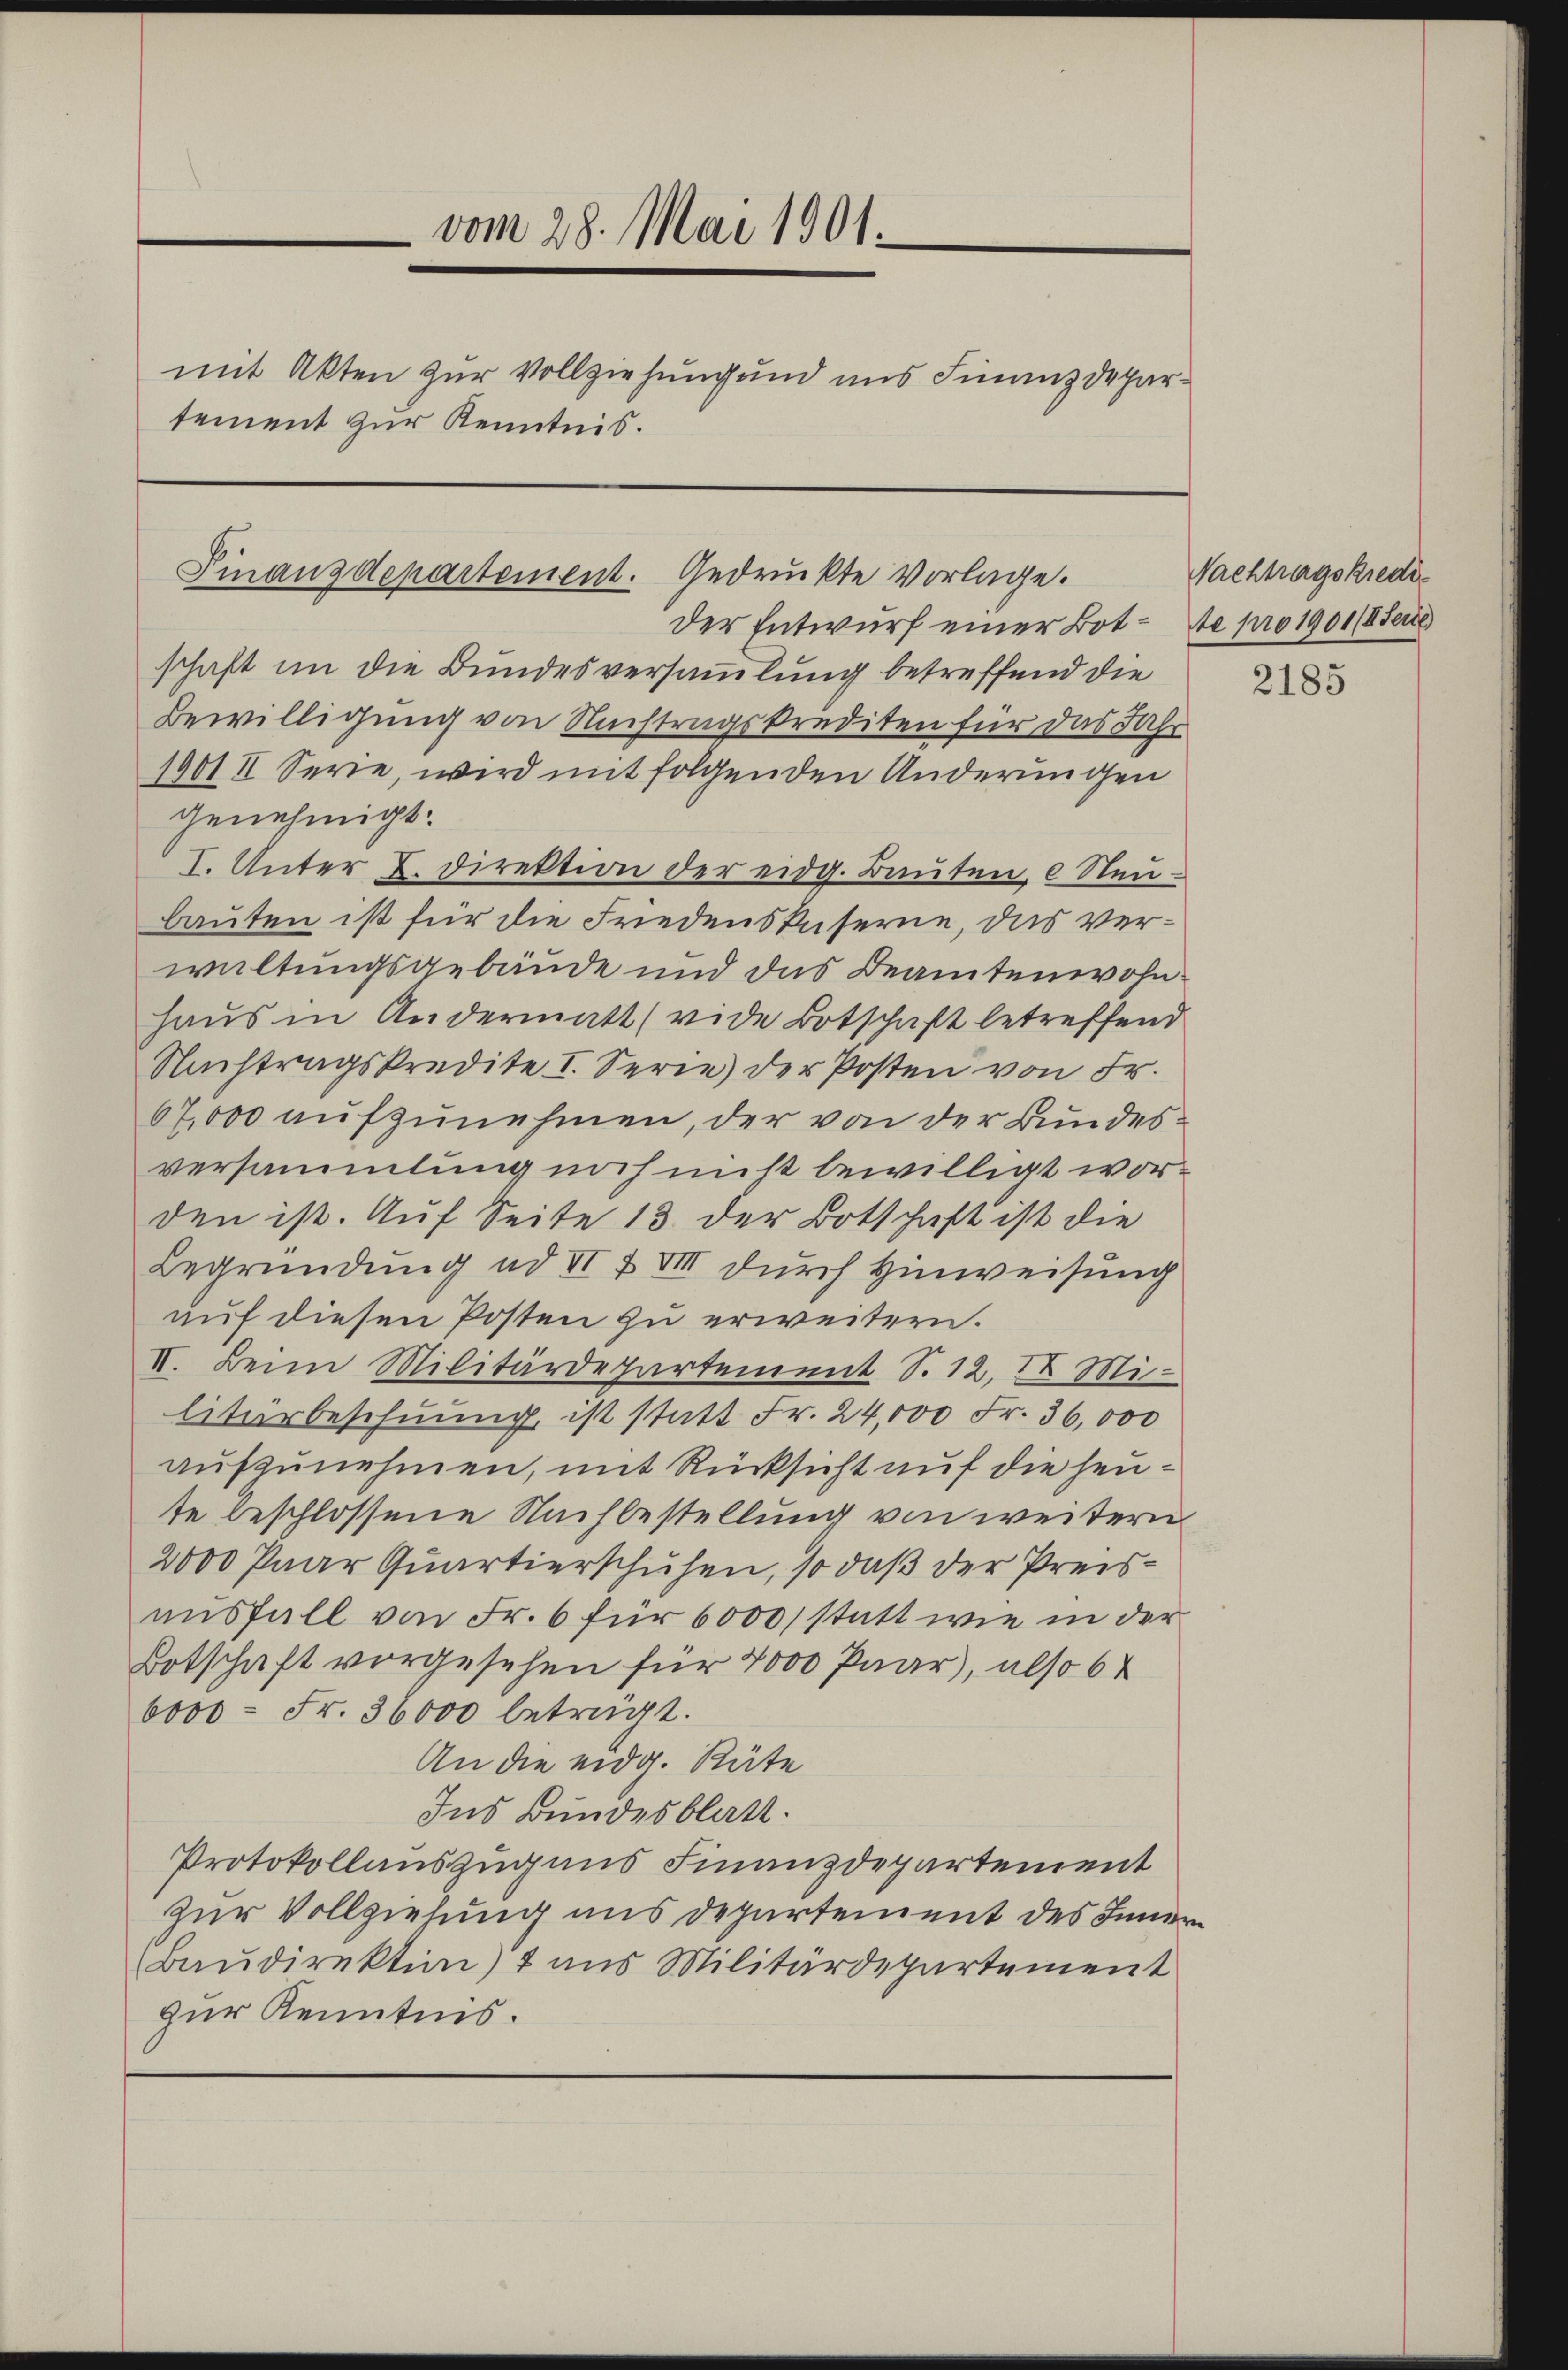
vom 28. Mai 1901.
mit Akten zur Vollziehung und uns Finanzdepartement zur Kenntnis.

der Entwurf einer Bot - de pro 1901/Seite
schaft in die Bundesversammlung betreffend die
Bewilligung von Nachtragskrediten für das Jahr
1901 II Sere, wird mit folgenden Anderungen
genehmigt.
I. Unter L. Direktion der eidg. Bauten, e Neu-
bauten ist für die Friedenskaserne, das verwaltungsgebäude und das Beamtenwohn¬
Haus in Andermatt (vide Botschaft betreffend
Nachtragskredite I. Serie) der Posten von Fr.
67,000 aufzunehmen, der von der Bundesversammlung noch nicht bewilligt worden ist. Auf Seite 13 der Botschaft ist die
Begründung ad II t VIII durch Hinweisung
auf diesen Posten zu erweitern.
II. Beim Militärdepartement S. 12. Militerbeschnung ist statt Fr. 24,000 Fr. 36,000
aufzunehmen, mit Rücksicht auf die heute beschlossene Nachbestellung von weitern
2000 Paar Quartierschuhen, so daß der Preisausfall von Fr. 6 für 6000 statt wie in der
Botschaft vorgesehen für 4000 Paar), also 64
6000 = Fr. 36000 beträgt.
An die eidg. Räte
Ins Bundesblatt.
Protokollauszug aus Finanzdepartement
zur Vollzielung uns Departement des Innern
Baudirektion) 1 aus Militärdepartement
zur Kenntnis.

Finanzdepartement. Gedruckte vorlage.

Nachtragskredi¬

2185